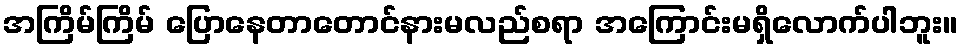
အကြိမ်ကြိမ် ပြောနေတာတောင်နားမလည်စရာ အကြောင်းမရှိလောက်ပါဘူး။